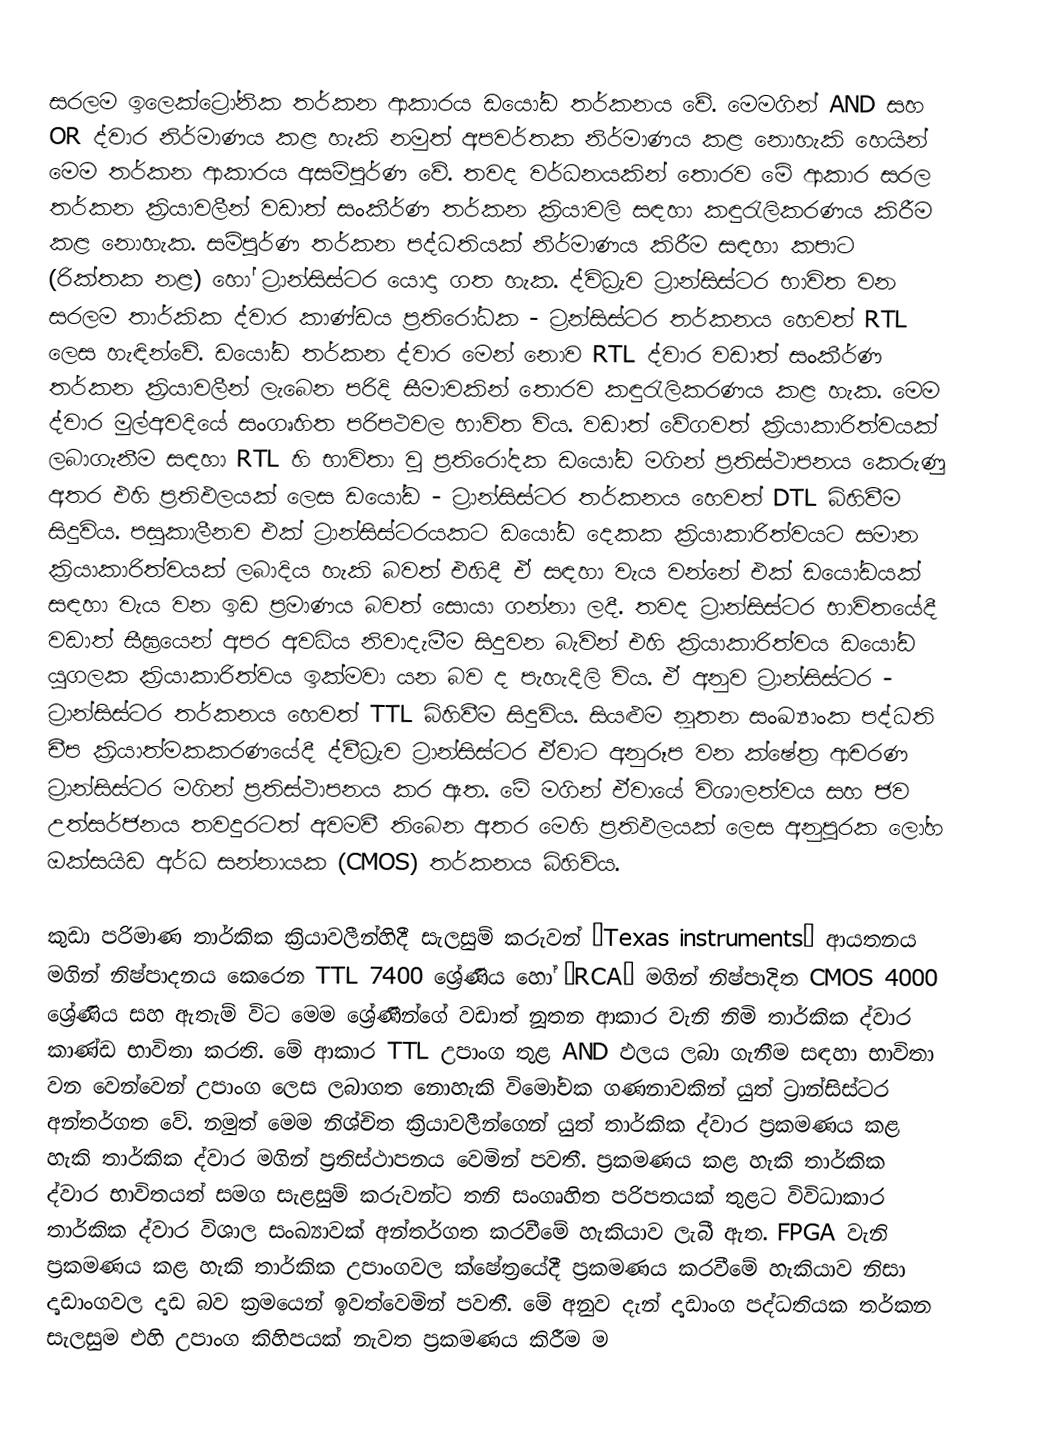
සරලම ඉලෙක්ට්‍රෝනික තර්කන ආකාරය ඩයෝඩ තර්කනය වේ. මෙමගින් AND සහ OR ද්වාර නිර්මාණය කළ හැකි නමුත් අපවර්තක නිර්මාණය කළ නොහැකි හෙයින් මෙම තර්කන ආකාරය අසම්පූර්ණ වේ. තවද වර්ධනයකින් තොරව මේ ආකාර සරල තර්කන ක්‍රියාවලීන් වඩාත් සංකීර්ණ තර්කන ක්‍රියාවලි සඳහා කඳුරැලිකරණය කිරීම කළ නොහැක. සම්පූර්ණ තර්කන පද්ධතියක් නිර්මාණය කිරීම සඳහා කපාට (රික්තක නළ) හෝ ට්‍රාන්සිස්ටර යොදා ගත හැක. ද්විධ්‍රැව ට්‍රාන්සිස්ටර භාවිත වන සරලම තාර්කික ද්වාර කාණ්ඩය ප්‍රතිරෝධක - ට්‍රන්සිස්ටර තර්කනය හෙවත් RTL ලෙස හැඳින්වේ. ඩයෝඩ තර්කන ද්වාර මෙන් නොව RTL ද්වාර වඩාත් සංකීර්ණ තර්කන ක්‍රියාවලීන් ලැබෙන පරිදි සීමාවකින් තොරව කඳුරැලිකරණය කළ හැක. මෙම ද්වාර මුල්අවදියේ සංගෘහිත පරිපථවල භාවිත විය. වඩාත් වේගවත් ක්‍රියාකාරිත්වයක් ලබාගැනීම සඳහා RTL හි භාවිතා වූ ප්‍රතිරෝදක ඩයෝඩ මගින් ප්‍රතිස්ථාපනය කෙරුණු අතර එහි ප්‍රතිඵලයක් ලෙස ඩයෝඩ - ට්‍රාන්සිස්ටර තර්කනය හෙවත් DTL බිහිවීම සිදුවිය. පසුකාලීනව එක් ට්‍රාන්සිස්ටරයකට ඩයෝඩ දෙකක ක්‍රියාකාරිත්වයට සමාන ක්‍රියාකාරිත්වයක් ලබාදිය හැකි බවත් එහිදී ඒ සඳහා වැය වන්නේ එක් ඩයෝඩයක් සඳහා වැය වන ඉඩ ප්‍රමාණය බවත් සොයා ගන්නා ලදී. තවද ට්‍රාන්සිස්ටර භාවිතයේදී වඩාත් සීඝ්‍රයෙන් අපර අවධිය නිවාදැමීම සිදුවන බැවින් එහි ක්‍රියාකාරිත්වය ඩයෝඩ යුගලක ක්‍රියාකාරිත්වය ඉක්මවා යන බව ද පැහැදිලි විය. ඒ අනුව ට්‍රාන්සිස්ටර - ට්‍රාන්සිස්ටර තර්කනය හෙවත් TTL බිහිවීම සිදුවිය. සියළුම නූතන සංඛ්‍යාංක පද්ධති චීප ක්‍රියාත්මකකරණයේදී ද්වීධ්‍රැව ට්‍රාන්සිස්ටර ඒවාට අනුරූප වන ක්ෂේත්‍ර ආචරණ ට්‍රාන්සිස්ටර මගින් ප්‍රතිස්ථාපනය කර ඇත. මේ මගින් ඒවායේ විශාලත්වය සහ ජව උත්සර්ජනය තවදුරටත් අවමවී තිබෙන අතර මෙහි ප්‍රතිඵලයක් ලෙස අනුපූරක ලෝහ ඔක්සයිඩ අර්ධ සන්නායක (CMOS) තර්කනය බිහිවිය.

කුඩා පරිමාණ තාර්කික ක්‍රියාවලීන්හිදී සැලසුම් කරුවන් ‘Texas instruments’ ආයතනය මගින් නිෂ්පාදනය කෙරෙන TTL 7400 ශ්‍රේණිය හෝ ‘RCA’ මගින් නිෂ්පාදිත CMOS 4000 ශ්‍රේණිය සහ ඇතැම් විට මෙම ශ්‍රේණීන්ගේ වඩාත් නූතන ආකාර වැනි නිමි තාර්කික ද්වාර කාණ්ඩ භාවිතා කරති. මේ ආකාර TTL උපාංග තුළ AND ඵලය ලබා ගැනීම සඳහා භාවිතා වන වෙන්වෙන් උපාංග ලෙස ලබාගත නොහැකි විමෝචක ගණනාවකින් යුත් ට්‍රාන්සිස්ටර අන්තර්ගත වේ. නමුත් මෙම නිශ්චිත ක්‍රියාවලීන්ගෙන් යුත් තාර්කික ද්වාර ප්‍රකමණය කළ හැකි තාර්කික ද්වාර මගින් ප්‍රතිස්ථාපනය වෙමින් පවතී. ප්‍රකමණය කළ හැකි තාර්කික ද්වාර භාවිතයත් සමග සැළසුම් කරුවන්ට තනි සංගෘහිත පරිපතයක් තුළට විවිධාකාර තාර්කික ද්වාර විශාල සංඛ්‍යාවක් අන්තර්ගත කරවීමේ හැකියාව ලැබී ඇත. FPGA වැනි ප්‍රකමණය කළ හැකි තාර්කික උපාංගවල ක්ෂේත්‍රයේදී ප්‍රකමණය කරවීමේ හැකියාව නිසා දෘඩාංගවල දෘඩ බව ක්‍රමයෙන් ඉවත්වෙමින් පවතී. මේ අනුව දැන් දෘඩාංග පද්ධතියක තර්කන සැලසුම එහි උපාංග කිහිපයක් නැවත ප්‍රකමණය කිරීම ම